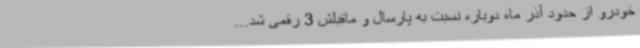
خودرو از حدود آذر ماه دوباره نسبت به پارسال و ماقبلش 3 رقمی شد...